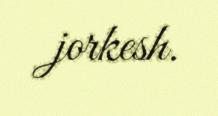
jorkesh.